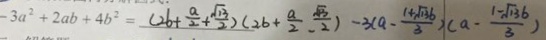
- 3 a ^ { 2 } + 2 a b + 4 b ^ { 2 } = ( 2 b + \frac { a } { 2 } + \frac { \sqrt { 1 3 } } { 2 } ) ( 2 b + \frac { a } { 2 } - \frac { \sqrt { 3 } } { 2 } ) - 3 ( a - \frac { 1 + \sqrt { 1 3 6 } } { 3 } ) ( a - \frac { 1 - \sqrt { 1 3 6 } ) } { 3 }